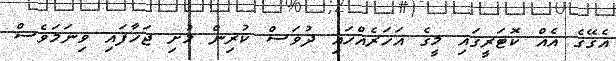
އެގޭގެ އެއް ކޮޓަރީގައި މީގެ އަހަރެއްހައި ދުވަސް ކުރިން މުށި ޖަހާފައި ވިނަމަވެސް